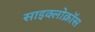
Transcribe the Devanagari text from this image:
साइक्लोक्रॉस